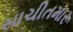
સાચીતમારૂ